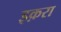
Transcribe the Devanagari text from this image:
इक़रा